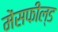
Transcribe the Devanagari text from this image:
मेंसफील्ड